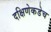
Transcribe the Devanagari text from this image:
दक्षिणेकडेच